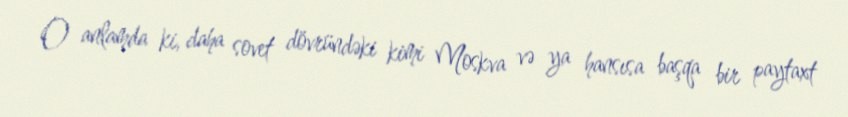
O anlamda ki, daha sovet dövründəki kimi Moskva və ya hansısa başqa bir paytaxt